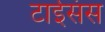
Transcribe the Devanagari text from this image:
टाईसंस